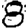
Digit: 8